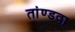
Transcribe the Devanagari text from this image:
तांण्डवा